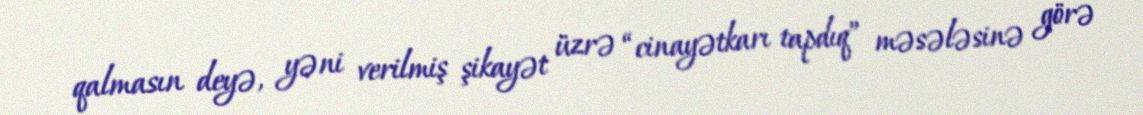
qalmasın deyə, yəni verilmiş şikayət üzrə “cinayətkarı tapdıq” məsələsinə görə